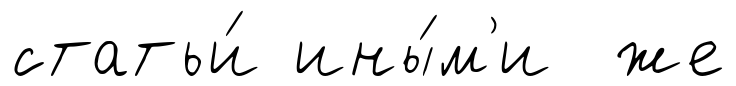
статьи́ ины́м'и же